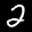
Label: 2